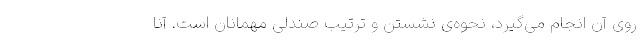
روی آن انجام می‌گیرد، نحوه‌ی نشستن و ترتیب صندلی مهمانان است. آنا